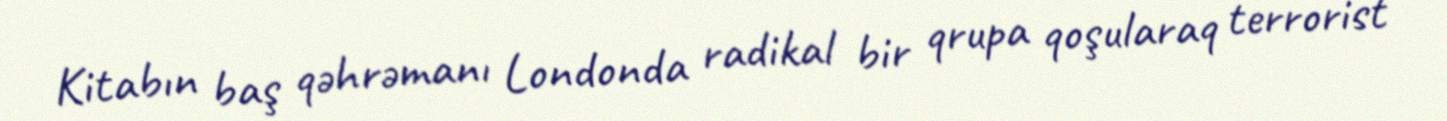
Kitabın baş qəhrəmanı Londonda radikal bir qrupa qoşularaq terrorist